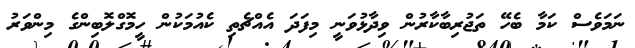
ނަމަވެސް ކަމާ ބެހޭ ތަޖުރިބާކާރުން ވިދާޅުވަނީ މިފަދަ އެއްޗެތި ކެއުމަކުން ހީމޮގްލޮބިންގެ މިންވަރު